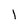
Character: l